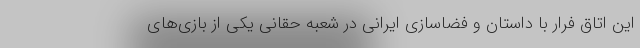
این اتاق فرار با داستان و فضاسازی ایرانی در شعبه حقانی یکی از بازی‌های